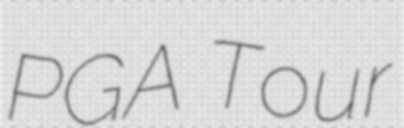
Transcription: PGA Tour